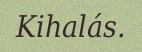
Kihalás.